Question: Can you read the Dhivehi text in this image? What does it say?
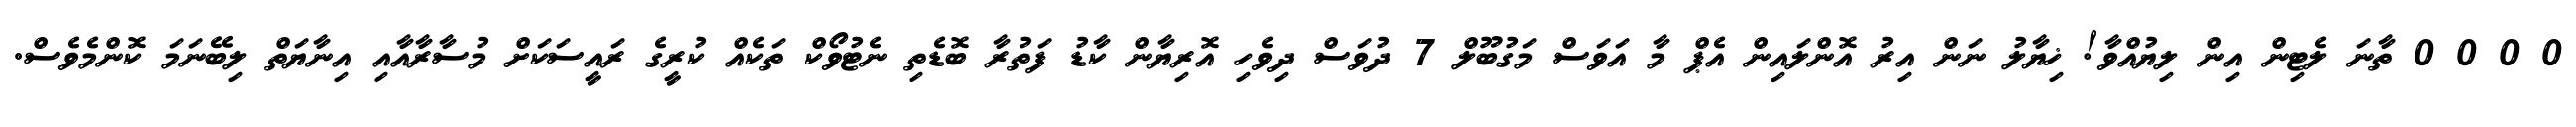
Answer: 0 0 0 0 ތާނަ ލެޓިން އިން ލިޔުއްވާ! ޚިޔާލު ނަން އިރު އޮންލައިން އެޕް މާ އަވަސް މަގުބޫލް 7 ދުވަސް ދިވެހި އޮރިޔާން ކާޑު ފަތުރާ ބޮޑެތި ނެޓުވޯކް ތަކެއް ކުރީގެ ރައީސަކަށް މުސާރާއާއި އިނާޔަތް ލިބޭނަމަ ކޮންމެވެސް.